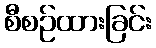
စီစဉ်ထားခြင်း